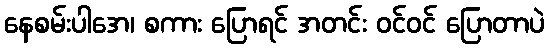
နေစမ်းပါအေ၊ စကား ပြောရင် အတင်း ဝင်ဝင် ပြောတာပဲ